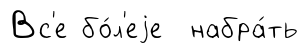
Вс'е бо́л'еjе набра́ть